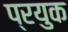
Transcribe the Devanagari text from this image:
प्रयुक